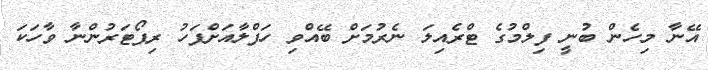
އޭނާ މިހެން ބުނީ ފިލްމުގެ ޓްރެއިލަ ނެރުމަށް ބޭއްވި ހަފްލާއަށްފަހު ރިޕޯޓަރުންނާ ވާހަކަ